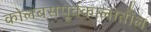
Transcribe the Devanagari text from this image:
कोलंबसपूर्वकालातील